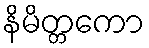
နိမိတ္တကော